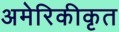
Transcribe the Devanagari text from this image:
अमेरिकीकृत